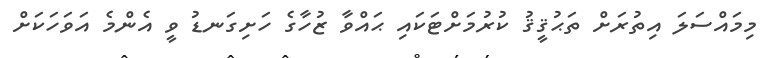
މިމައްސަލަ އިތުރަށް ތަޙުޤީޤު ކުރުމަށްޓަކައި ޙައްވާ ޒުހާގެ ހަށިގަނޑު ވީ އެންމެ އަވަހަކަށް